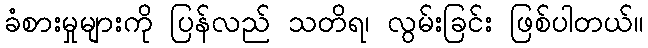
ခံစားမှုများကို ပြန်လည် သတိရ၊ လွမ်းခြင်း ဖြစ်ပါတယ်။